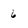
Character: 6